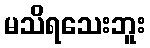
မသိရသေးဘူး